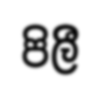
පිලීි